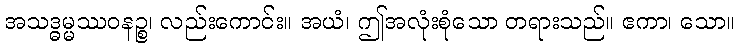
အသဒ္ဓမ္မဿဝနဉ္စ၊ လည်းကောင်း။ အယံ၊ ဤအလုံးစုံသော တရားသည်။ ဧကာ၊ သော။